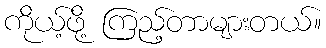
ကိုယ့်ဖို့ ကြည့်တာများတယ်။